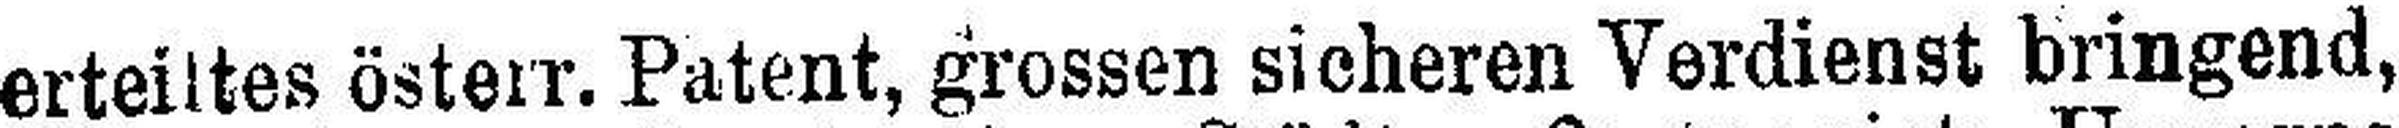
erteiltes österr. Patent, grossen sicheren Verdienst bringend,